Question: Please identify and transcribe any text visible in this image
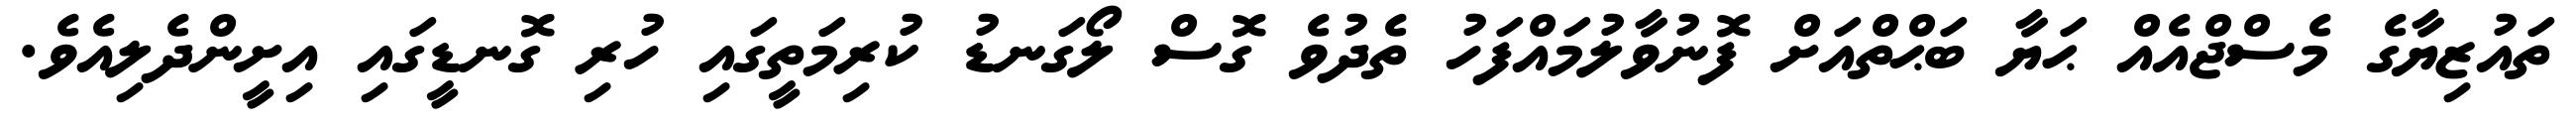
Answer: ތައުޒިޔާގެ މެސްޖްއެއް ޙަޔާ ބަޙްތްއަށް ފޮނުވާލުމައްފަހު ތެދުވެ ގޮސް ލޯގަނޑު ކުރިމަތީގައި ހުރި ގޮނޑީގައި އިށީންދެލިއެވެ.